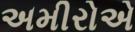
અમીરોએ